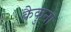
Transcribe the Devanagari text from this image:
कैकुना